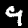
Digit: 9